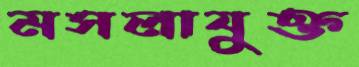
মসলাযুক্ত